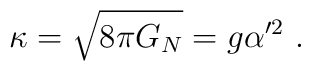
\kappa = \sqrt{8 \pi G_N} = g \alpha'^2 \ .